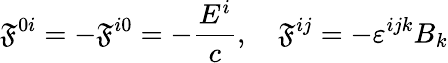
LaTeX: \mathfrak{F}^{0i}=-\mathfrak{F}^{i0}=-{\frac{{E^{i}}}{{c}}},\quad\mathfrak{F}^{ij}=-\varepsilon^{ijk}B_{k}